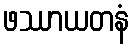
ဖဿာယတနံ